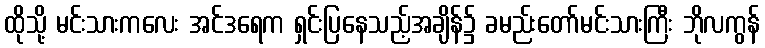
ထိုသို့ မင်းသားကလေး အင်ဒရေက ရှင်းပြနေသည့်အချိန်၌ ခမည်းတော်မင်းသားကြီး ဘိုလကွန်